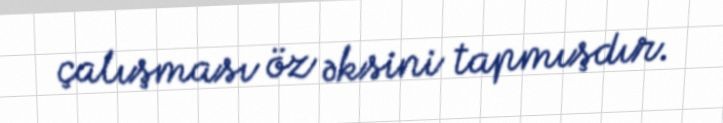
çalışması öz əksini tapmışdır.